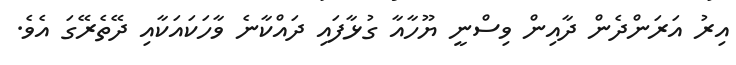
އިރު އަރަންދެން ދާއިން ވިސްނީ ޔޫހާއާ ގުޅާފައި ދައްކާނެ ވާހަކައަކާއި ދޭތެރޭގަ އެވެ.